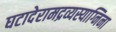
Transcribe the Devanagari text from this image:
घटादेरामद्रव्यस्याग्निना